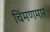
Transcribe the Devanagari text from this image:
चिमणमार